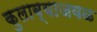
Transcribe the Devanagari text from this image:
कुलाब्याजवळ